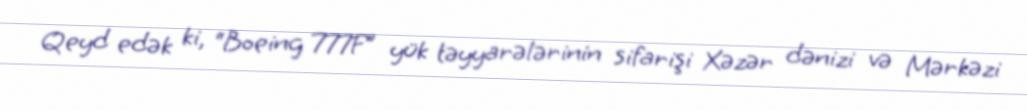
Qeyd edək ki, “Boeing 777F” yük təyyarələrinin sifarişi Xəzər dənizi və Mərkəzi